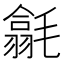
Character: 𣰅